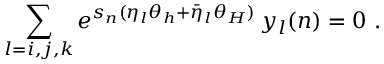
\sum _ { l = i , j , k } e ^ { s _ { n } ( \eta _ { l } \theta _ { h } + \bar { \eta } _ { l } \theta _ { H } ) } \, y _ { l } ( n ) = 0 \, \, .